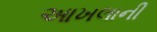
આખલાની